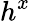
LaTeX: h^{x}